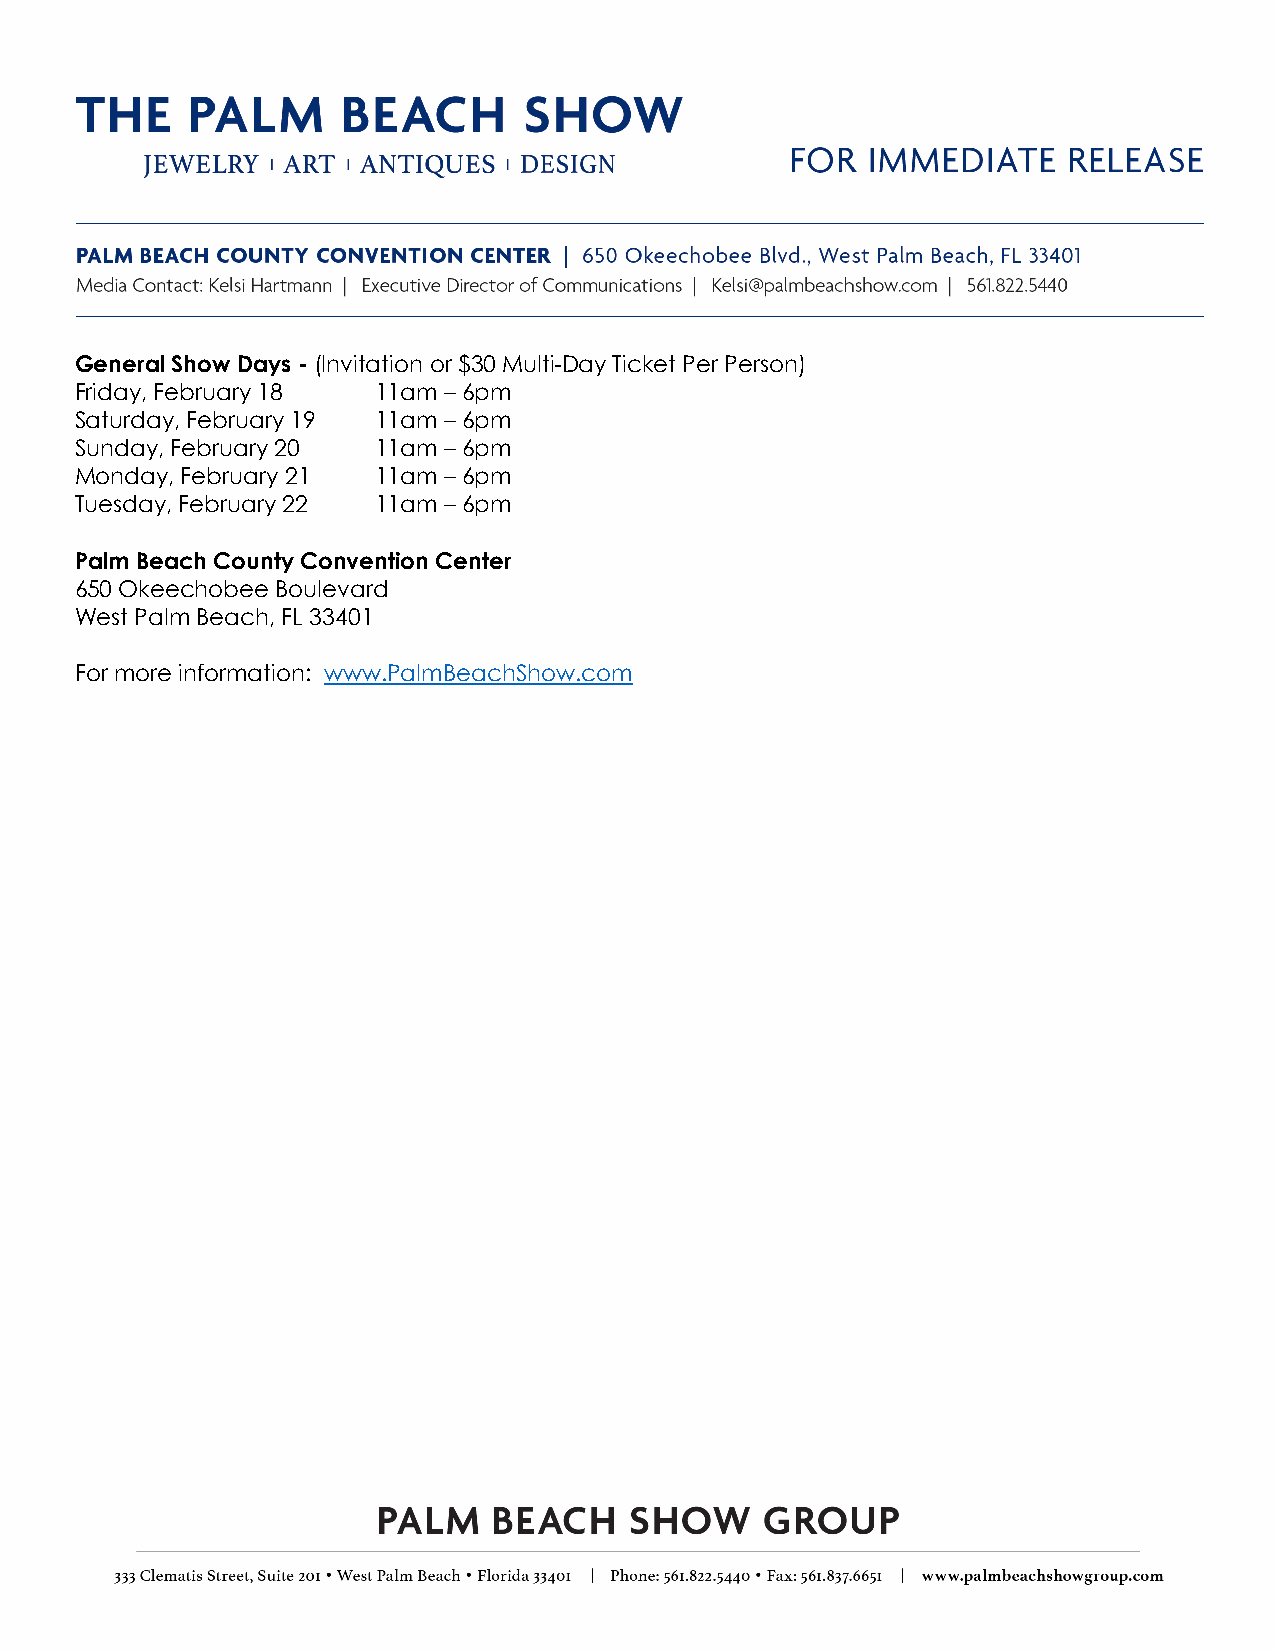
General Show Days - (Invitation or $30 Multi-Day Ticket Per Person)
 Friday, February 18 11am – 6pm
 Saturday, February 19 11am – 6pm
 Sunday, February 20 11am – 6pm
 Monday, February 21 11am – 6pm
 Tuesday, February 22 11am – 6pm
 Palm Beach County Convention Center
 650 Okeechobee Boulevard
 West Palm Beach, FL 33401
 For more information: www.PalmBeachShow.com